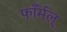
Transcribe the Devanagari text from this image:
फाँर्मल्